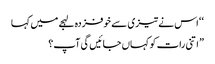
‘ ‘ اس نے تیزی سے خوفزدہ لہجے میں کہا
” اتنی رات کو کہاں جائیں گی آپ؟